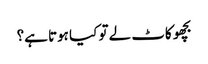
بچھو کاٹ لے تو کیا ہوتا ہے؟